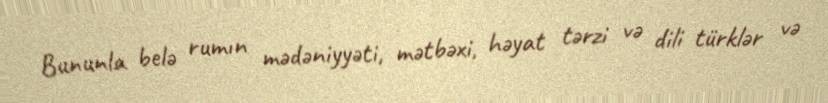
Bununla belə rumın mədəniyyəti, mətbəxi, həyat tərzi və dili türklər və